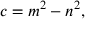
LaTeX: c = m ^ { 2 } - n ^ { 2 } ,